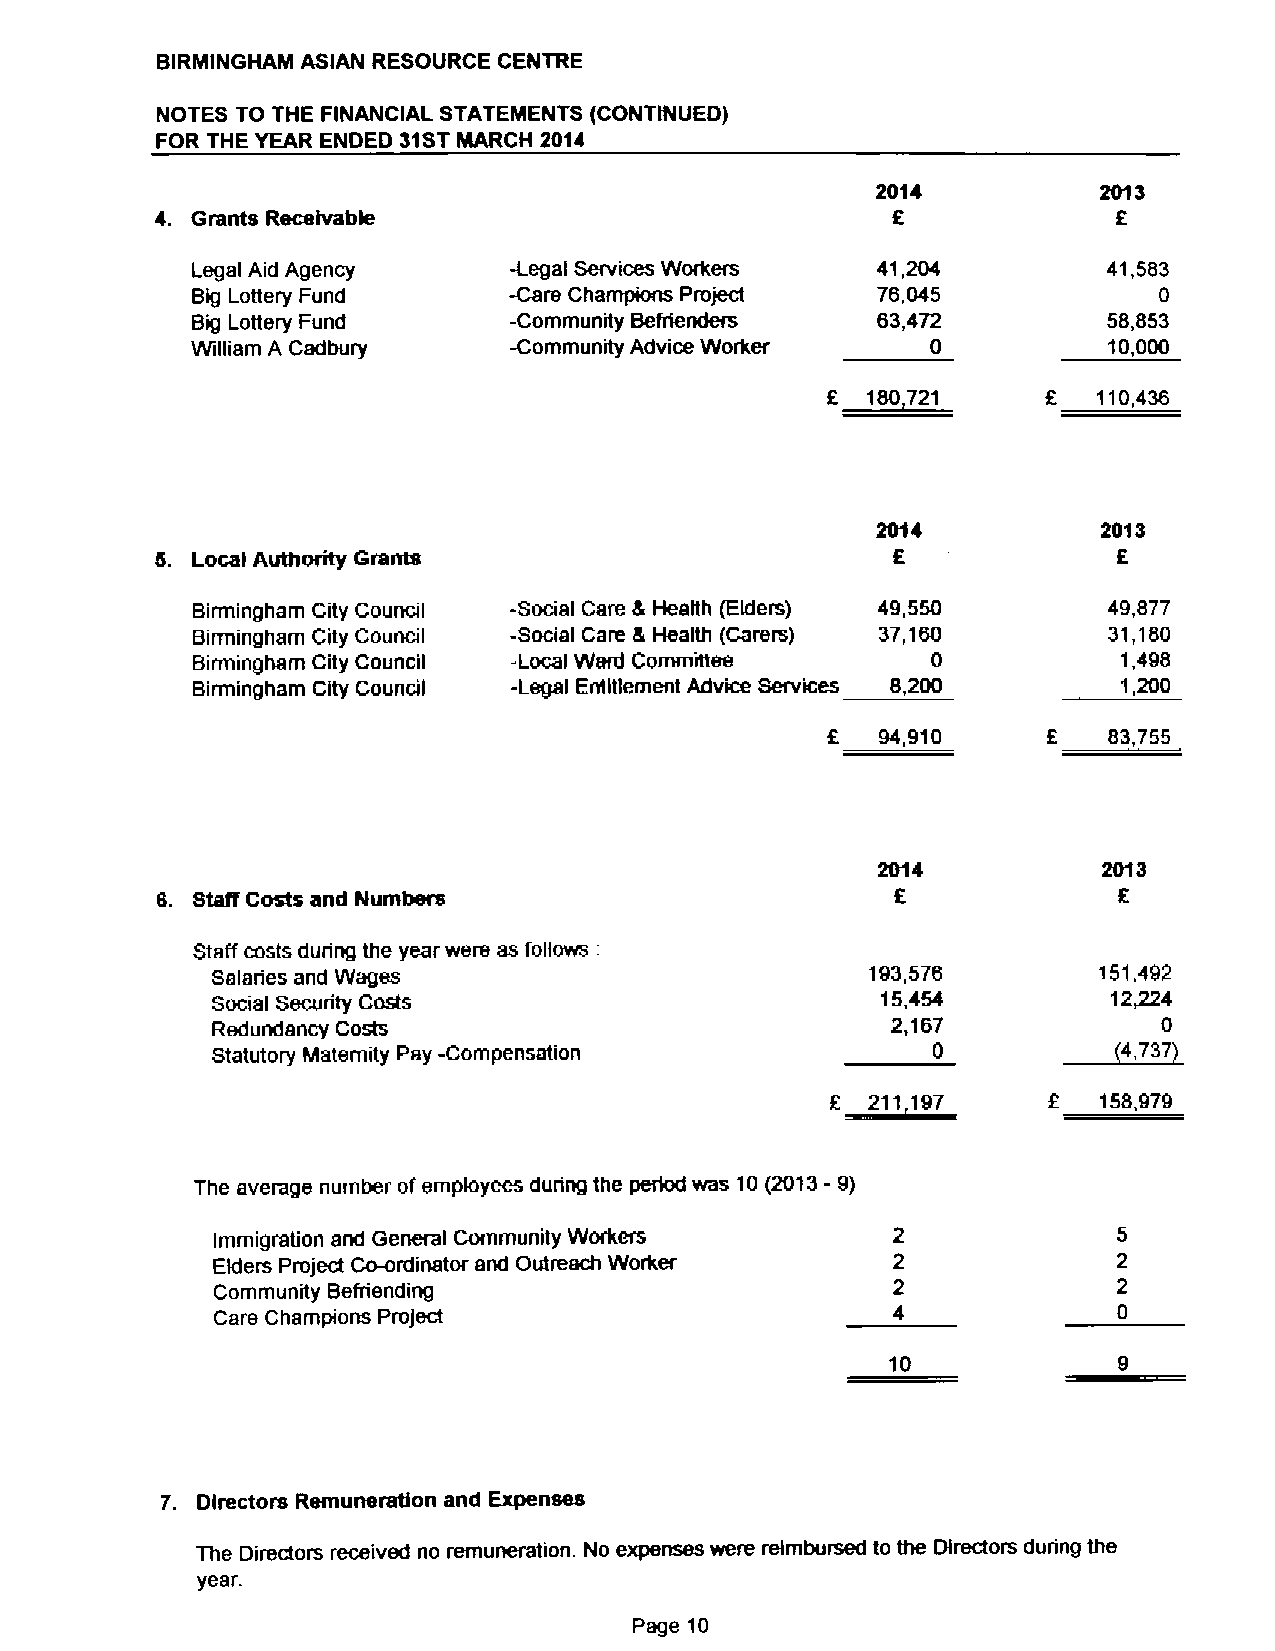
BIRMINGHAM ASIAN RESOURCE CENTRE
 NOTES TO THE FINANCIAL STATEMENTS (CONTINUED)
 FOR THE YEAR ENDED 31STMARCH 2014
 2014
 f
 Grants Receivable
 Legal Aid Agency     -Legal Services Workers 41,204         41,583
 Big Lottery Fund     -Care Champions Project 76,045             0
 Big LoNery Fund      -Community Befrienders  63,472         58,853
 William A Carlbury   -Community Advice Worker    0          10,000
 2 722 721         110,436
 2013
 f
 d. Local Authority Grants
 Birmingham City Council -Social Care 8 Health (Elders) 49,550 49,877
 Birmingham City Council -Social Care 8 Health (Carers) 37,160 31,180
 Birmingham City Council -Local Ward Committee    0           1,498
 Birmingham City Council -Legal Ernitlement Advice Services 8,200 1,200
 f  94,910     f   83,755
 B. Staff Costs and Numbers
 Staff costs during the year were as follows:
 Salaries and Wages                          193,576        1511,2492'
 Social Security Costs                       15,454      ~4737,
 Redundancy Costs                             2,167             0
 Statutory Maternity Pay -Compensation           0
 f
 2 211 127         158,979
 The average number ofemployees during the period was 10(2013- 9)
 Immigration and General Community Workers
 Elders Project Coordinator and Outreach Worker
 Community Befriending
 Care Champions Project
 10
 7. Directors Remuneration and Expenses
 The Directors received no remuneration. No expenses were reimbursed to the Directors dunng the
 year.
 Page 10